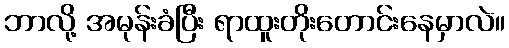
ဘာလို့ အမုန်းခံပြီး ရာထူးတိုးတောင်းနေမှာလဲ။